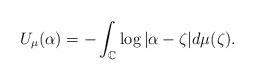
LaTeX: \begin{align*}U_{\mu}(\alpha)=-\int_{\mathbb C}\log|\alpha-\zeta|d\mu(\zeta).\end{align*}